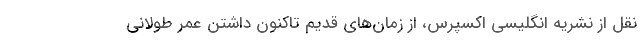
نقل از نشریه انگلیسی اکسپرس، از زمان‌های قدیم تاکنون داشتن عمر طولانی